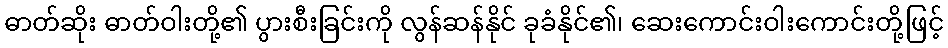
ဓာတ်ဆိုး ဓာတ်ဝါးတို့၏ ပွားစီးခြင်းကို လွန်ဆန်နိုင် ခုခံနိုင်၏၊ ဆေးကောင်းဝါးကောင်းတို့ဖြင့်